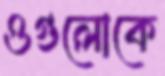
ওগুলোকে